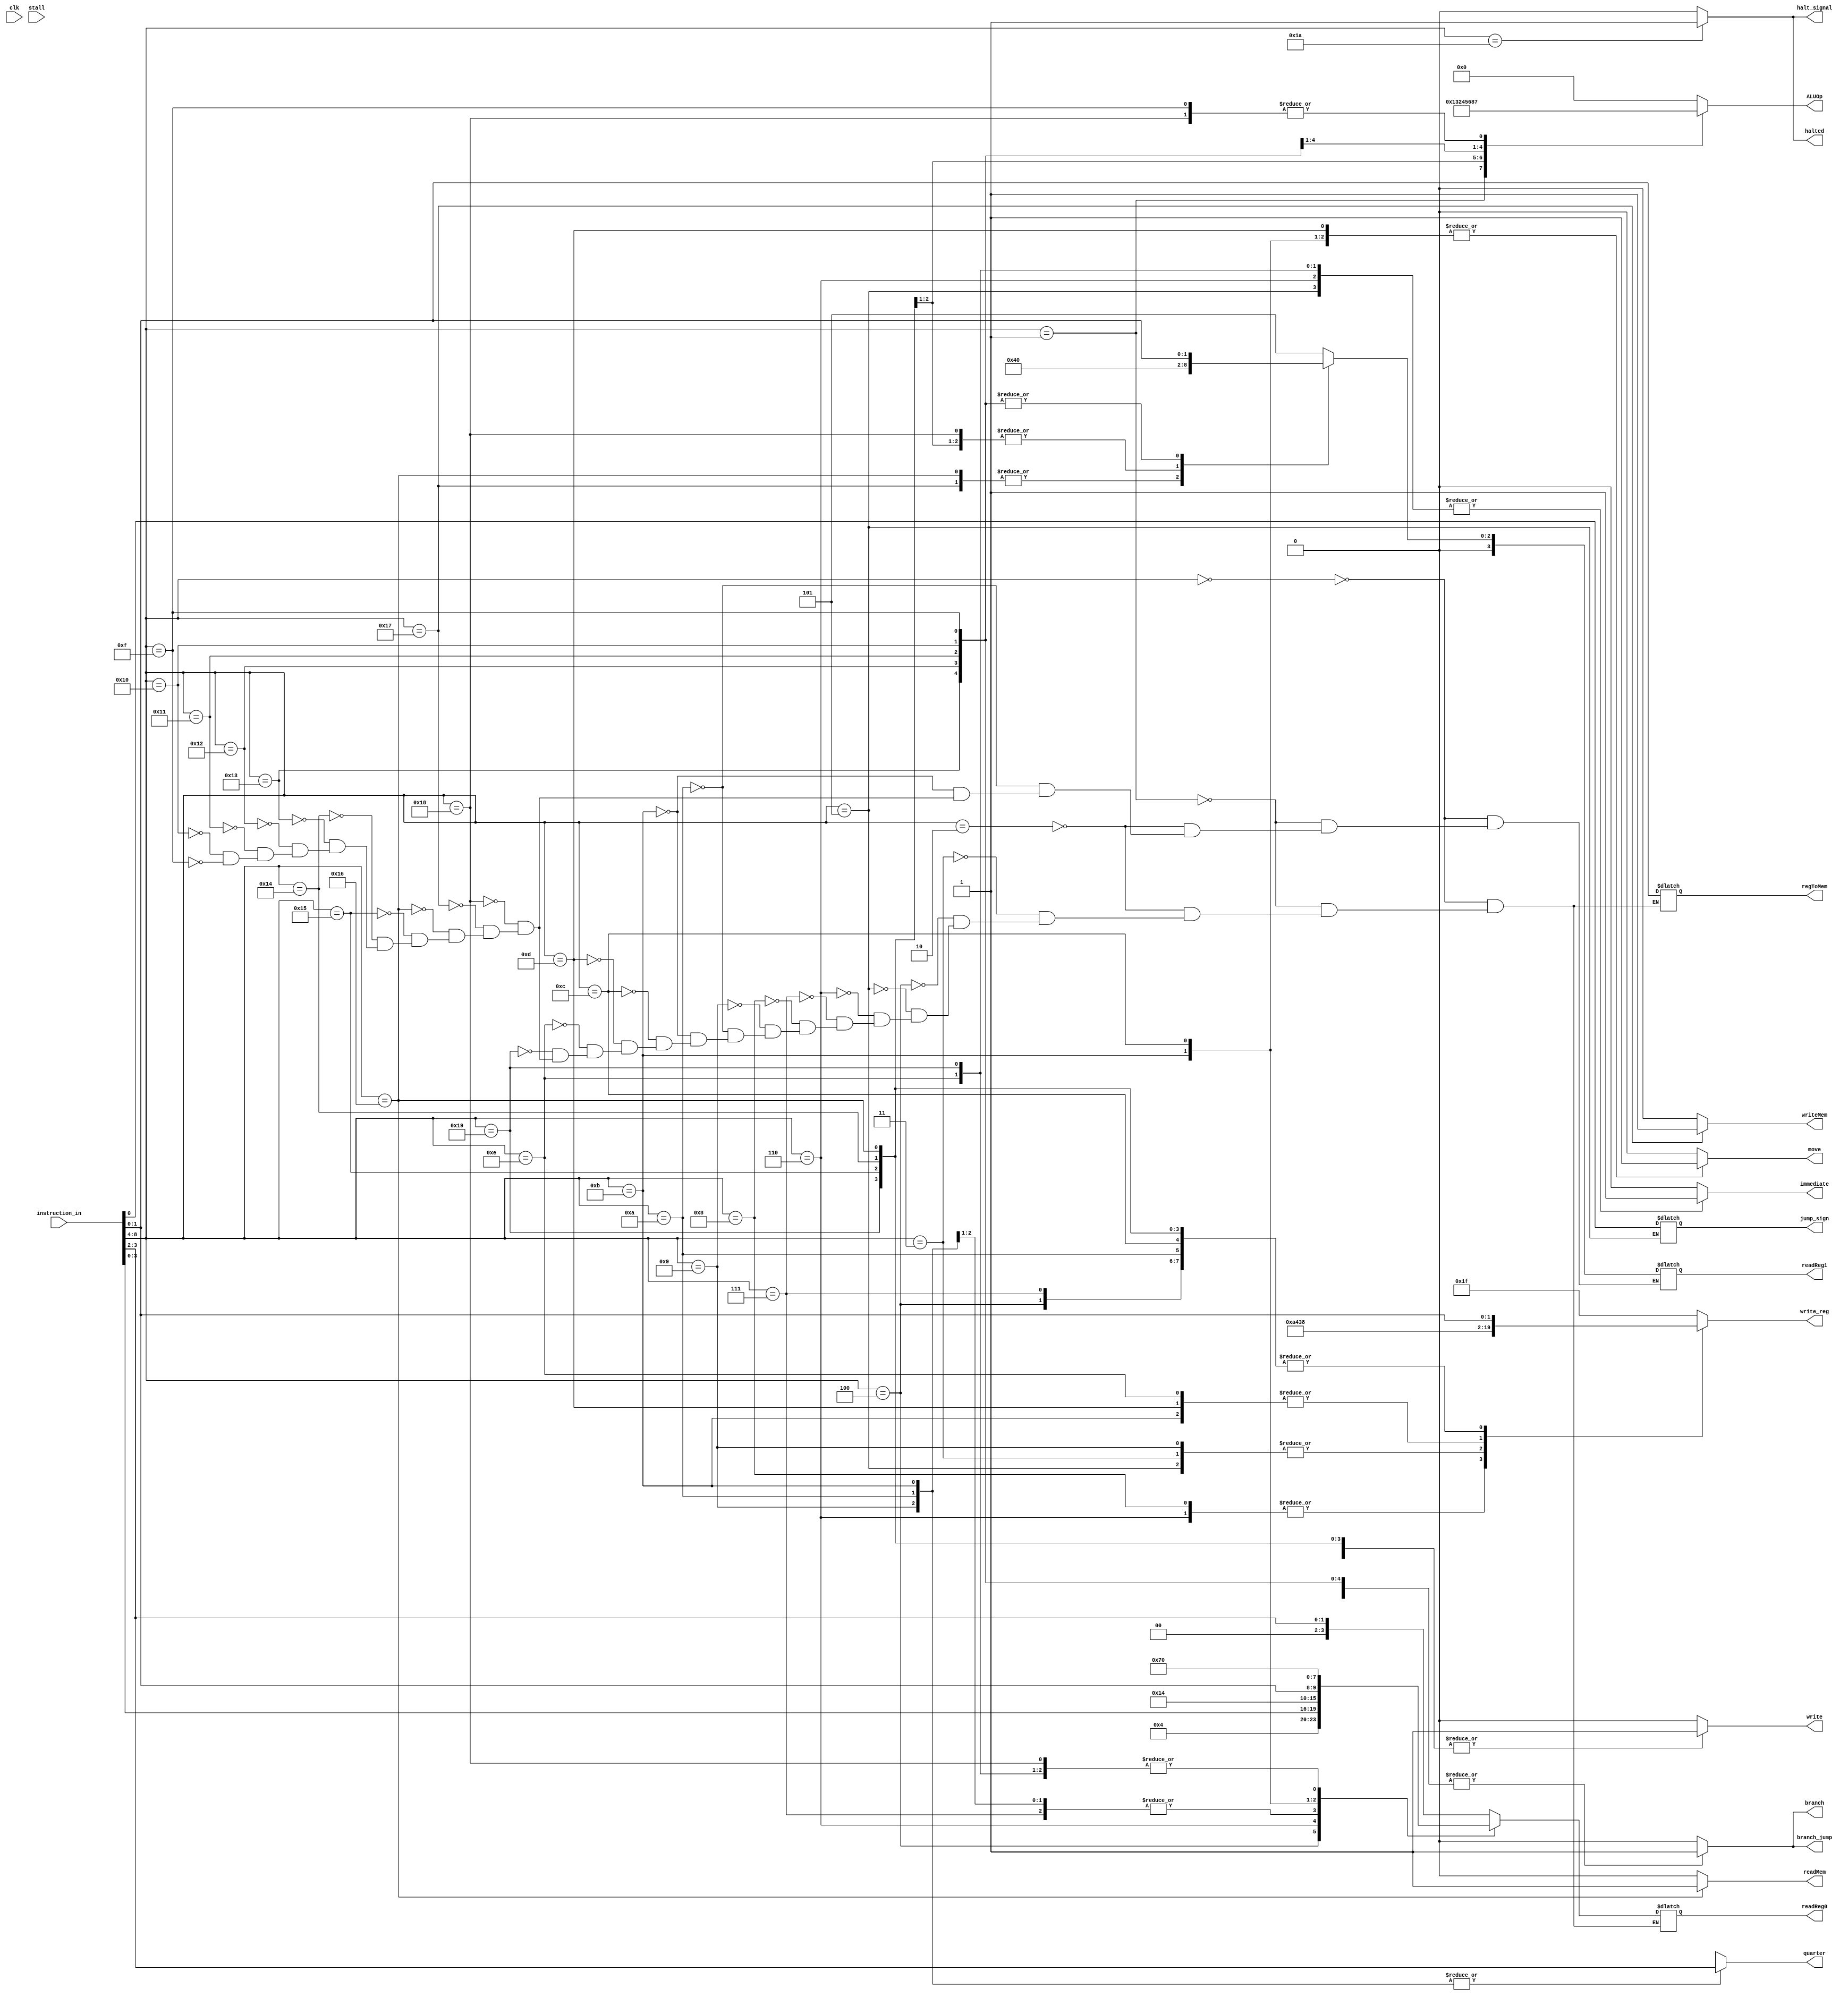
`timescale 1ns / 1ps
module Control_Unit(
	input clk,
	input [8:0] instruction_in,
	input stall,
	output halt_signal,
	output branch,
	output[3:0]readReg0,
	output[3:0]readReg1,
	output[4:0]write_reg,
	output write,
	output move,
	output [3:0] ALUOp,
	output readMem,
	output writeMem,
	output [1:0] regToMem,
	output jump_sign,
	output immediate,
	output [1:0] quarter,
	output halted,
	output branch_jump
);

   reg _halt_signal;
	reg _branch;
	reg[3:0] r0;
	reg[3:0] r1;
	reg[4:0] _wr;
	reg _write;
	reg _move;
	reg [3:0] aop;
	reg m2r;
	reg mw;
	reg _jump_sign;
	reg imm;
	reg [1:0] _quarter = 0;
	reg [1:0] _regToMem;
	reg _halt_signaled;
	reg _branch_jump;
	
	integer dynamic_counter = -1;
	
	initial
	begin
		_halt_signal = 1'b0;
		_halt_signaled = 1'b0;
	end
	
	assign halt_signal = _halt_signal;
	assign branch = _branch;
	assign readReg0 = r0;
	assign readReg1 = r1;
	assign write_reg = _wr;
	assign write = _write;
	assign move = _move;
	assign ALUOp = aop;
	assign readMem = m2r;
	assign writeMem = mw;
	assign jump_sign = _jump_sign;
	assign immediate = imm;
	assign quarter = _quarter;
	assign regToMem = _regToMem;
	assign halted = _halt_signaled;
	assign branch_jump = _branch_jump;
	
parameter	
		add			= 5'b00000,
		sub    		= 5'b00001,
		mv				= 5'b00010,
		mvToAdr    	= 5'b00011,
		mvAdr			= 5'b00100,
		rsAdr			= 5'b00101,
		seti			= 5'b00110,
		mvMath		= 5'b00111,
		mvToMath		= 5'b01000,
		mathToAdr	= 5'b01001,
		setReg		= 5'b01010,
		setCnt		= 5'b01011,
		mvCnt		   = 5'b01100,
		mvToCnt		= 5'b01101,
		rsCnt			= 5'b01110,
		be				= 5'b01111,
		bne			= 5'b10000,
		bez			= 5'b10001,
		bltz		   = 5'b10010,
		bgte			= 5'b10011,
		evu			= 5'b10100,
		evl			= 5'b10101,
		ld				= 5'b10110,
		st		   	= 5'b10111,
		jump			= 5'b11000,
		zeroReg		= 5'b11001,
		halt			= 5'b11010,
		toBeDefined	= 5'b11011;
		
always@(instruction_in)
begin
	dynamic_counter = dynamic_counter + 1;
end
		
		
always @(*)
	begin
	_quarter = 2'bxx;	
	_halt_signal = 0;
	_halt_signaled = 0;
	_branch_jump = 0;
	_wr = 31;
	aop = 4'b0000;
	imm = 0;
	_move = 0;
	m2r = 0;
	mw = 0;
	_write = 0;
	case(instruction_in[8:4])
	
	add: begin  //ADD
			r0 <= instruction_in[3:2];
			r1 <= 5; //$math
			_wr <= instruction_in[1:0];
			_write <= 1;
			mw <= 0;
			m2r <= 0;
			_branch <= 0;
			_halt_signal <= 0;
			aop = 4'b0000;
			_move <= 0;
			imm <= 0;
			_regToMem = 2'bxx;
			
		end
		
	sub: begin  //SUB
	      r0 <= instruction_in[3:2];
			r1 <= 5; //$math
			_wr <= instruction_in[1:0];
			_write <= 1;
			mw <= 0;
			m2r <= 0;
			_branch <= 0;
			_halt_signal <= 0;
			aop = 4'b0001;
			_move <= 0;
			imm <= 0;
			_regToMem = 2'bxx;
			
		end
		
    mv: begin //MV
         r0 <= instruction_in[3:2];
    		r1 <= 5; //DC
			_wr <= instruction_in[1:0];
			_write <= 1;
			mw <= 0;
			m2r <= 0;
			_branch <= 0;
			_halt_signal <= 0;
			_move <= 1;
			imm <= 0;
			_regToMem = 2'bxx;
			aop = 4'b0000;
			
    end
	 
	 mvToAdr: begin 
			r0 <= instruction_in[3:2];
    		//r1 <= 5; //DC
			_wr <= 4;
			_write <= 1;
			mw <= 0;
			m2r <= 0;
			_branch <= 0;
			_halt_signal <= 0;
			_move <= 1;
			imm <= 0;
			_regToMem = 2'bxx;
		end
		
	 mvAdr: begin  
			r0 <= 4;
			//r1 <= 5; //$math
			_wr <= instruction_in[1:0];
			_write <= 1;
			mw <= 0;
			m2r <= 0;
			_branch <= 0;
			_halt_signal <= 0;
			_move <= 1;
			imm <= 0;
			_regToMem = 2'bxx;
	 end
	
	 rsAdr: begin  
			r0 <= 0;
			//r1 <= 5; //$math
			_wr <= 4;
			_write <= 1;
			mw <= 0;
			m2r <= 0;
			_branch <= 0;
			_halt_signal <= 0;
			_move <= 0;
			imm <= 1;
			_jump_sign = instruction_in[0];
			_regToMem = 2'bxx;
			aop = 4'b0000;
	 end
		
	 seti: begin  
			r0 <= instruction_in[3:0];
			//r1 <= 5; //$math
			_wr <= 5; //$math
			_write <= 1;
			mw <= 0;
			m2r <= 0;
			_branch <= 0;
			_halt_signal <= 0;
			_move <= 0;
			imm <= 1;
			_regToMem = 2'bxx;
			_quarter = 2'bxx;
			aop = 4'b0000;
	 end
		
		mvMath: begin  
			r0 <= 5;
			//r1 <= 5; //$math
			_wr <= instruction_in[1:0];
			_write <= 1;
			mw <= 0;
			m2r <= 0;
			_branch <= 0;
			_halt_signal <= 0;
			_move <= 1;
			imm <= 0;
			_regToMem = 2'bxx;
		end
		
		mvToMath: begin  
			r0 <= instruction_in[3:2];
			//r1 <= instruction_in[3:2];
			_wr <= 5; //$math
			_write <= 1;
			mw <= 0;
			m2r <= 0;
			_branch <= 0;
			_halt_signal <= 0;
			_move <= 1;
			imm <= 0;
			_regToMem = 2'bxx;
		end
		
		
		mathToAdr: begin  
			r0 <= 5; //$math
			_quarter <= instruction_in[3:2]; 
			_wr <= 4; //$adr
			_write <= 1;
			mw <= 0;
			m2r <= 0;
			_branch <= 0;
			_halt_signal <= 0;
			_move <= 1;
			imm <= 0;
			_regToMem = 2'bxx;
		end
		
		setReg: begin  
			r0 <= 5; //$math
			r1 <= 4'bxxxx;
			_quarter <= instruction_in[3:2];  
			_wr <= instruction_in[1:0]; 
			_write <= 1;
			mw <= 0;
			m2r <= 0;
			_branch <= 0;
			_halt_signal <= 0;
			_move <= 1;
			imm <= 0;
			_regToMem = 2'bxx;
			aop = 4'b0000;
		end
		
		setCnt: begin  
			r0 <= instruction_in[1:0]; 
			r1 = 4'bxxxx;
			_quarter <= instruction_in[3:2];  
			_wr <= 7; //$cnt
			_write <= 1;
			mw <= 0;
			m2r <= 0;
			_branch <= 0;
			_halt_signal <= 0;
			_move <= 1;
			imm <= 0;
			_regToMem = 2'bxx;
			aop = 4'b0000;
		end
		
		mvCnt: begin  
			r0 <= 7; 
			//r1 <= instruction_in[3:2];  //$math
			_wr <= instruction_in[1:0]; 
			_write <= 1;
			mw <= 0;
			m2r <= 0;
			_branch <= 0;
			_halt_signal <= 0;
			_move <= 1;
			imm <= 0;
			_regToMem = 2'bxx;
		end
		
		mvToCnt: begin  
			r0 <= instruction_in[3:2]; 
			//r1 <= instruction_in[3:2];  //$math
			_wr <= 7; 
			_write <= 1;
			mw <= 0;
			m2r <= 0;
			_branch <= 0;
			_halt_signal <= 0;
			_move <= 1;
			imm <= 0;
			_regToMem = 2'bxx;
		end
		
		rsCnt: begin  
			r0 <= 0; 
			//r1 <= instruction_in[3:2];  //$math
			_wr <= 7; 
			_write <= 1;
			mw <= 0;
			m2r <= 0;
			_branch <= 0;
			_halt_signal <= 0;
			_move <= 0;
			imm <= 1;
			_regToMem = 2'bxx;
		end
		
		halt: begin //halt
			  _branch = 0;
			  _halt_signal <= 1;
			  _halt_signaled <= 1;
		 end
		 
		zeroReg: begin //zeroReg
				r0 = 0;
			  _halt_signal = 0;
			  _branch = 0;
			  _write <= 1;
			  imm <= 1;
			  _move = 0;
			  _wr <= instruction_in[1:0];
			  _regToMem = 2'bxx;
		 end
		 
		jump: begin //jump
			  _write = 0;
			  _halt_signal = 0;
			  _branch <= 1;
			  _move = 0;
			  imm <= 0;
			  r0 <= 0;
			  r1 <= 0;
			  aop = 4'b0111; //eq
			  _regToMem = 2'bxx;
			  _branch_jump = 1;

		 end
		 
		 st: begin //str
			  _halt_signal = 0;
			  _branch <= 0;
			  _write <= 0;
			  _move = 0;
			  imm <= 0;
			  r0 <= instruction_in[3:2];
			  r1 <= 4; //adr reg
			  _regToMem = instruction_in[1:0];
			  mw <= 1;
			  aop = 4'b0000; //add
		 end
		 
		ld: begin //ld
			  _halt_signal = 0;
			  _branch <= 0;
			  _write <= 1;
			  _move = 0;
			  m2r <= 1;
			  imm = 0;
			  r0 <= instruction_in[3:2];
			  r1 <= 4; //adr reg
			  _wr <= instruction_in[1:0];
			  _regToMem = 2'bxx;
			  aop = 4'b0000; //add
		 end
		 
		 evl: begin //evl
			  _halt_signal = 0;
			  _branch <= 0;
			  _write <= 1;
			  r0 <= instruction_in[3:2];
			  r1 <= 0;
			  _move = 0;
			  _wr <= instruction_in[1:0];
			  aop = 4'b0011; //even_lower
			  _regToMem = 2'bxx;
			  m2r =0;
		 end
		 
		 evu: begin //evu
			  _halt_signal = 0;
			  _branch <= 0;
			  _write <= 1;
			  r0 <= instruction_in[3:2];
			  r1 <= 0;
			  _move = 0;
			  _wr <= instruction_in[1:0];
			  aop = 4'b0010; //even_upper
			  _regToMem = 2'bxx;
			  m2r =0;
		 end
		 
		 bgte: begin //bgte
			  _halt_signal = 0;
			  _branch <= 1;
			  _branch_jump = 1;
			  _write <= 0;
			  r0 <= instruction_in[3:2];
			  r1 <= instruction_in[1:0];
			  aop = 4'b0100; //gte
			  _regToMem = 2'bxx;
		 end
		 
		 bltz: begin //bltz
			  _halt_signal = 0;
			  _branch <= 1;
			  _branch_jump = 1;
			  _write <= 0;
			  r0 <= instruction_in[3:2];
			  r1 <= instruction_in[1:0];
			  aop = 4'b0101; //ltz
			  _regToMem = 2'bxx;
		 end    
		 
		 bez: begin //bez
			  _halt_signal = 0;
			  _branch <= 1;
			  _branch_jump = 1;
			  _write <= 0;
			  r0 <= instruction_in[3:2];
			  r1 <= instruction_in[1:0];
			  aop = 4'b0110; //ez
			  _regToMem = 2'bxx;
		 end
		 
		 bne: begin //bne
			  _halt_signal = 0;
			  _branch <= 1;
			  _branch_jump = 1;
			  _write <= 0;
			  r0 <= instruction_in[3:2];
			  r1 <= instruction_in[1:0];
			  aop = 4'b1000; //ne
			  _regToMem = 2'bxx;
		 end
		 
		 be: begin //be
			  _halt_signal = 0;
			  _branch <= 1;
			  _branch_jump = 1;
			  _write <= 0;
			  r0 <= instruction_in[3:2];
			  r1 <= instruction_in[1:0];
			  aop = 4'b0111; //ne
			  _regToMem = 2'bxx;
		 end
		 
		 default: begin 
				_branch = 0;
			  //_halt_signal <= 1;
			  //_halt_signaled <= 1;
		 end
	 
	endcase
end


endmodule